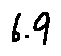
6 . 9